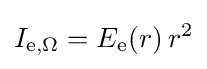
I_{\mathrm {e} ,\Omega }=E_{\mathrm {e} }(r)\,r^{2}